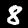
Label: 8